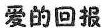
爱的回报